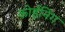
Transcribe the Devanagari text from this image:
कोईनिंग